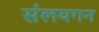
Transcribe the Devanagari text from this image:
संलयगन